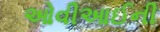
ઓવીઆઈની